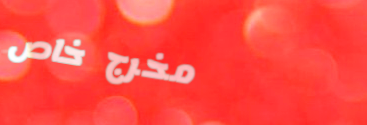
مخرج خاص